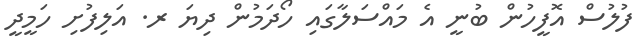
ފުލުސް އޮފީހުން ބުނީ އެ މައްސަލާގައި ހޯދަމުން ދިޔަ ރ. އަލިފުށި ހަމީދީ